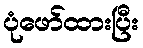
ပုံဖော်ထားပြီး